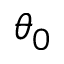
\theta _ { 0 }